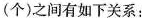
(个)之间有如下关系：